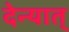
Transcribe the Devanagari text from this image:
देन्यात्